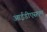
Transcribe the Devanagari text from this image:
आईडीएसएम